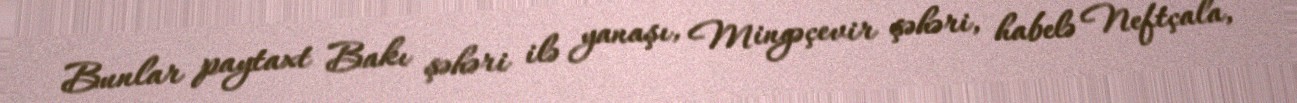
Bunlar paytaxt Bakı şəhəri ilə yanaşı, Mingəçevir şəhəri, habelə Neftçala,